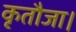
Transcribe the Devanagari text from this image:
कृतौजा।